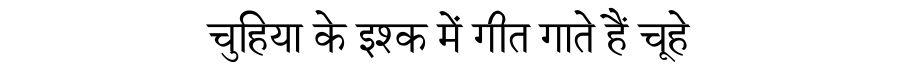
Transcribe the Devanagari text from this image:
चुहिया के इश्क में गीत गाते हैं चूहे